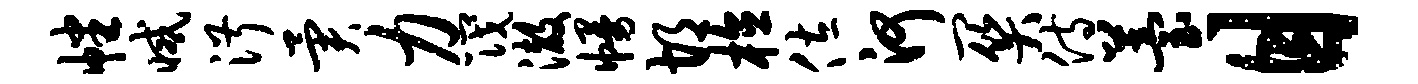
幡减淑异力筏澈幔胡植佐河关侍苔目